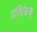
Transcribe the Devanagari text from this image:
हरिवंशम्